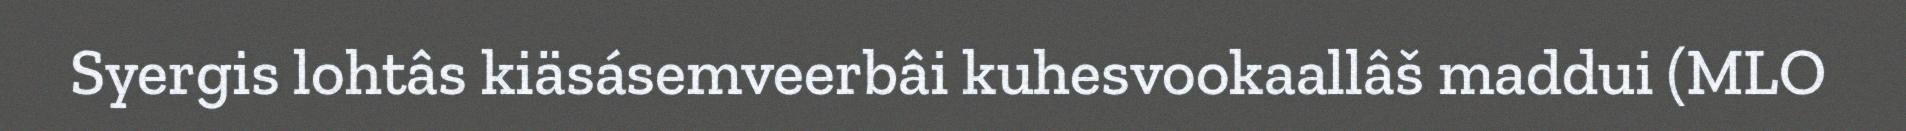
Syergis lohtâs kiäsásemveerbâi kuhesvookaallâš maddui (MLO